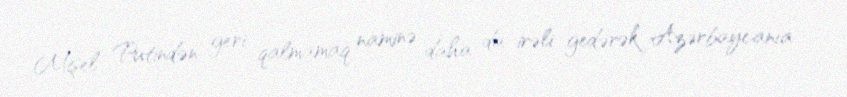
Mişel Putindən geri qalmamaq naminə daha da irəli gedərək Azərbaycanıa